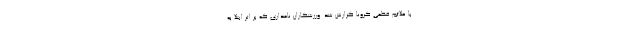
با علائم قطعی کرونا گزارش شد. ورزشکاران نامداری که بر اثر ابتلا به